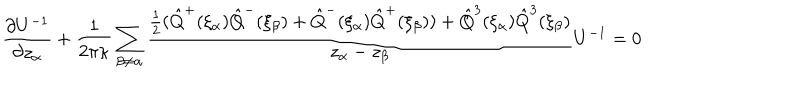
\frac { \partial U ^ { - 1 } } { \partial z _ { \alpha } } + { \frac { 1 } { 2 \pi \kappa } } \sum _ { \beta \neq \alpha } \frac { \frac { 1 } { 2 } ( \hat { Q } ^ { + } ( \xi _ { \alpha } ) \hat { Q } ^ { - } ( \xi _ { \beta } ) + \hat { Q } ^ { - } ( \xi _ { \alpha } ) \hat { Q } ^ { + } ( \xi _ { \beta } ) ) + \hat { Q } ^ { 3 } ( \xi _ { \alpha } ) \hat { Q } ^ { 3 } ( \xi _ { \beta } ) } { z _ { \alpha } - z _ { \beta } } U ^ { - 1 } = 0